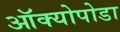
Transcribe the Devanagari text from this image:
ऑक्योपोडा